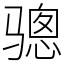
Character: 骢